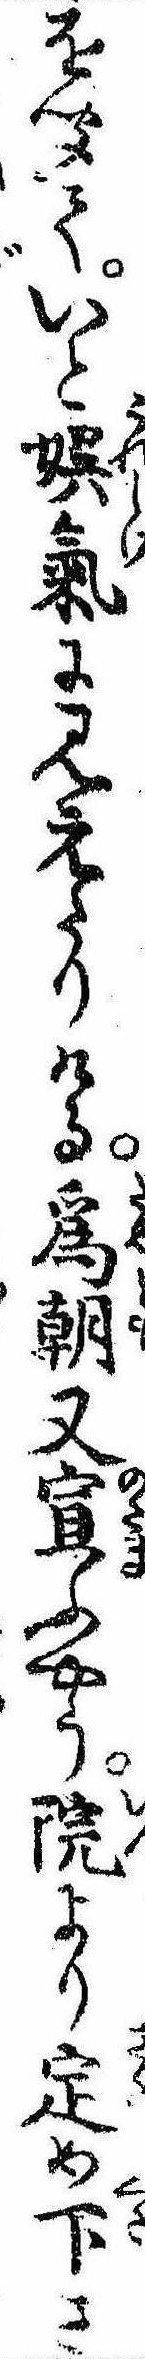
を聞ていと娯気に見えたりける為朝又宣ふやう院より定め下さ